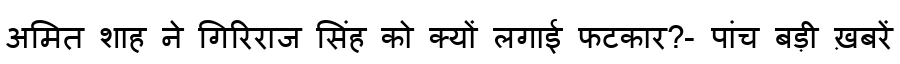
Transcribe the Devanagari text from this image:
अमित शाह ने गिरिराज सिंह को क्यों लगाई फटकार?- पांच बड़ी ख़बरें